Vaccination in Burma 1889-1999 - 1889-1999
Year: 1889
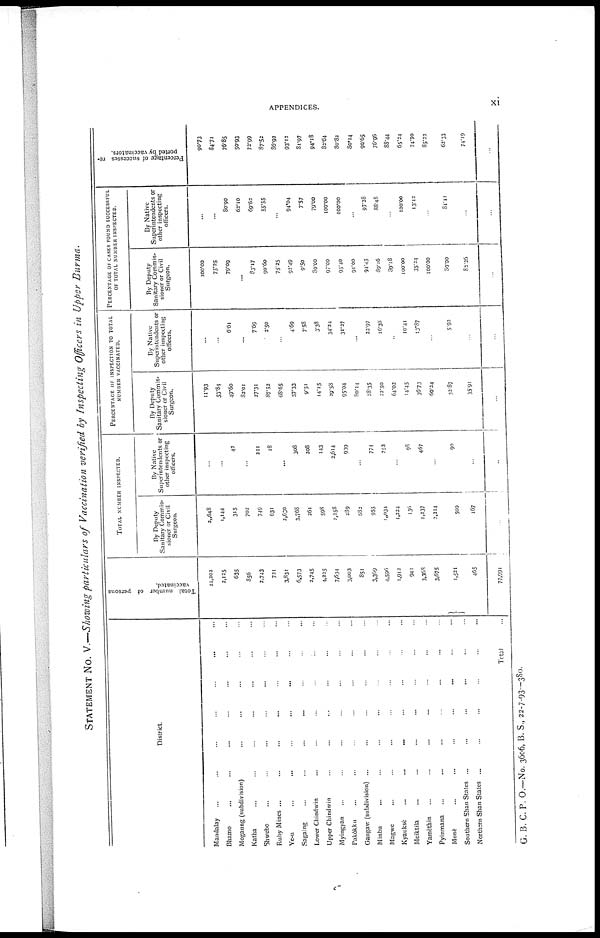
APPENDICES.
xi
STATEMENT No. V.—Showing particulars of Vaccination verified by Inspecting Officers in Upper Burma.
District.
Mandalay... ... ... ...
Bhamo... ... ... ...
Mogaung (subdivision)... ... ... ...
Katha... ... ... ...
Shwcbo... ... ... ...
Ruby Mincs ... ... ... ... ...
Ye-u ... ... ... ...
Sagaing... ... ... ...
Lower Chindwin... ... ... ...
Upper Chindwin... ... ... ...
Myingyan... ... ... ...
Pakokku... ... ... ...
Gangav (subdivision)... ... ... ...
Minbu... ... ... ...
Magwc... ... ... ...
Kyaukse...
...
...
...
Meiktila... ... ... ...
Yamethin... ... ...
Pyinmana... ... ...
Mone...
...
...
...
Southern Shan States
...
...
...
Northern Shan States... ... ... ...
Total... ...
Total number of persons
vaccinated.
22,202
2,125
635
356
2,743
721
3,831
6,573
2,745
4,225
7,634
3,003
851
3,369
4,596
1,912
941
3,368
3,675
...
1, 521
465
77,991
TOTAL NUMBER INSPECTED.
By Deputy
Sanitary Commis-
sioner or Civil
Surgeon.
2„648
1,144
315
702
749
631
2,630
3,768
261
598
2,258
289
682
955
1,034
1,224
136
1,237
2,314
...
500
167
...
By Native
Superintendents or
other inspecting
officers.
...
...
42
...
211
18
...
308
208
143
2,614
939
...
774
753
...
98
467
...
...
90
...
...
PERCENTAGE OF INSPECTION TO TOTAL
NUMBER VACCINATED.
By Deputy
Sanitary Commis-
sioner or Civil
Surgeon.
11.93
53.84
49.60
32.01
27.31
87.52
68.65
57.33
9.51
14.15
29.58
95.04
80.14
28.35
22.50
64.02
14.45
36.73
60.24
...
32.87
35.91
...
By Native
Superintendents or
other inspecting
officers.
...
...
6.61
...
7.69
2.50
...
4.69
7.58
3.38
34.34
31.27
...
23.97
16.38
...
10.41
13.87
...
...
593
...
...
PERCENTAGE OF CASES FOUND SUCCESSFUL
OF TOTAL NUMBER INSPECTED.
By Deputy
Sanitary Commis-
sioner or Civil
Surgeon.
100.00
75.25
79.09
...
83.17
90.60
75.25
92.49
9.50
30.00
97.00
95.40
91.00
94.45
89.16
89.18
100.00
35.34
100.00
...
30.00
82.26
...
By Native
Superintendents or
other inspecting
officers.
...
...
80.90
62.10
69.62
55.55
...
94.04
7.57
79.00
100.00
100.00
...
97.38
88.48
...
100.00
13.12
...
...
81.11
...
...
Percentage of successes re-
ported by vaccinators.
90.73
84.71
76.85
50.93
72.99
87.52
86.92
93.12
81.97
94.18
82.64
80.82
30.14
90.65
76.96
88.44
65.24
74.70
85.22
...
62.33
74.19
...
G. B. C. P. O.—No. 3606, B. S., 22-7-93—380.